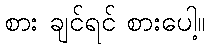
စား ချင်ရင် စားပေါ့။